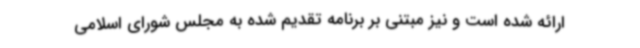
ارائه شده است و نیز مبتنی بر برنامه تقدیم شده به مجلس شورای اسلامی